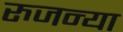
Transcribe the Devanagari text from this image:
रुजन्या